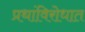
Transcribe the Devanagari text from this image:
प्रथांविरोधात